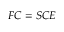
\boldsymbol { F } \boldsymbol { C } = \boldsymbol { S } \boldsymbol { C } \boldsymbol { E }